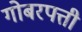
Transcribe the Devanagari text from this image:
गोबरपत्ती